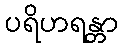
ပရိဟရန္တာ